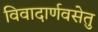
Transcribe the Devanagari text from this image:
विवादार्णवसेतु